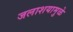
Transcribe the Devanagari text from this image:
जलाशयामुळे